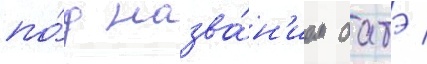
по́д назва́н'ием батэ /